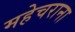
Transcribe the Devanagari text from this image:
महेचराना